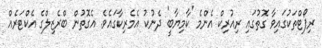
ރިޕޯޓްތަކުގައިވާ ގޮތުގައި ރިއުރިކް އެންމެ 'ކާމިޔާބީ' ދެނުކު އެމެރިކާގައެވެ. އެގޮތުން ބްރެޒިލްގެ އެކްޓަރެއް